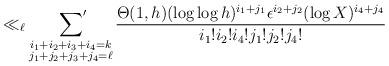
LaTeX: \begin{align*} \ll_{\ell} \sideset{}{'} \sum_{\substack{i_1+i_2+i_3+i_4=k \\ j_1+j_2+j_3+j_4 = \ell} } \frac{\Theta(1,h) (\log \log h)^{i_1+j_1} \epsilon^{i_2+j_2} (\log X)^{i_4+j_4}}{i_1! i_2! i_4! j_1! j_2! j_4!} \end{align*}